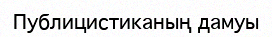
Публицистиканың дамуы